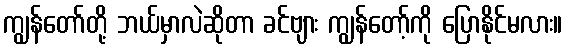
ကျွန်တော်တို့ ဘယ်မှာလဲဆိုတာ ခင်ဗျား ကျွန်တော့်ကို ပြောနိုင်မလား။